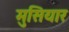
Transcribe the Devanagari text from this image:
मुसियार